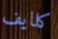
كلايف